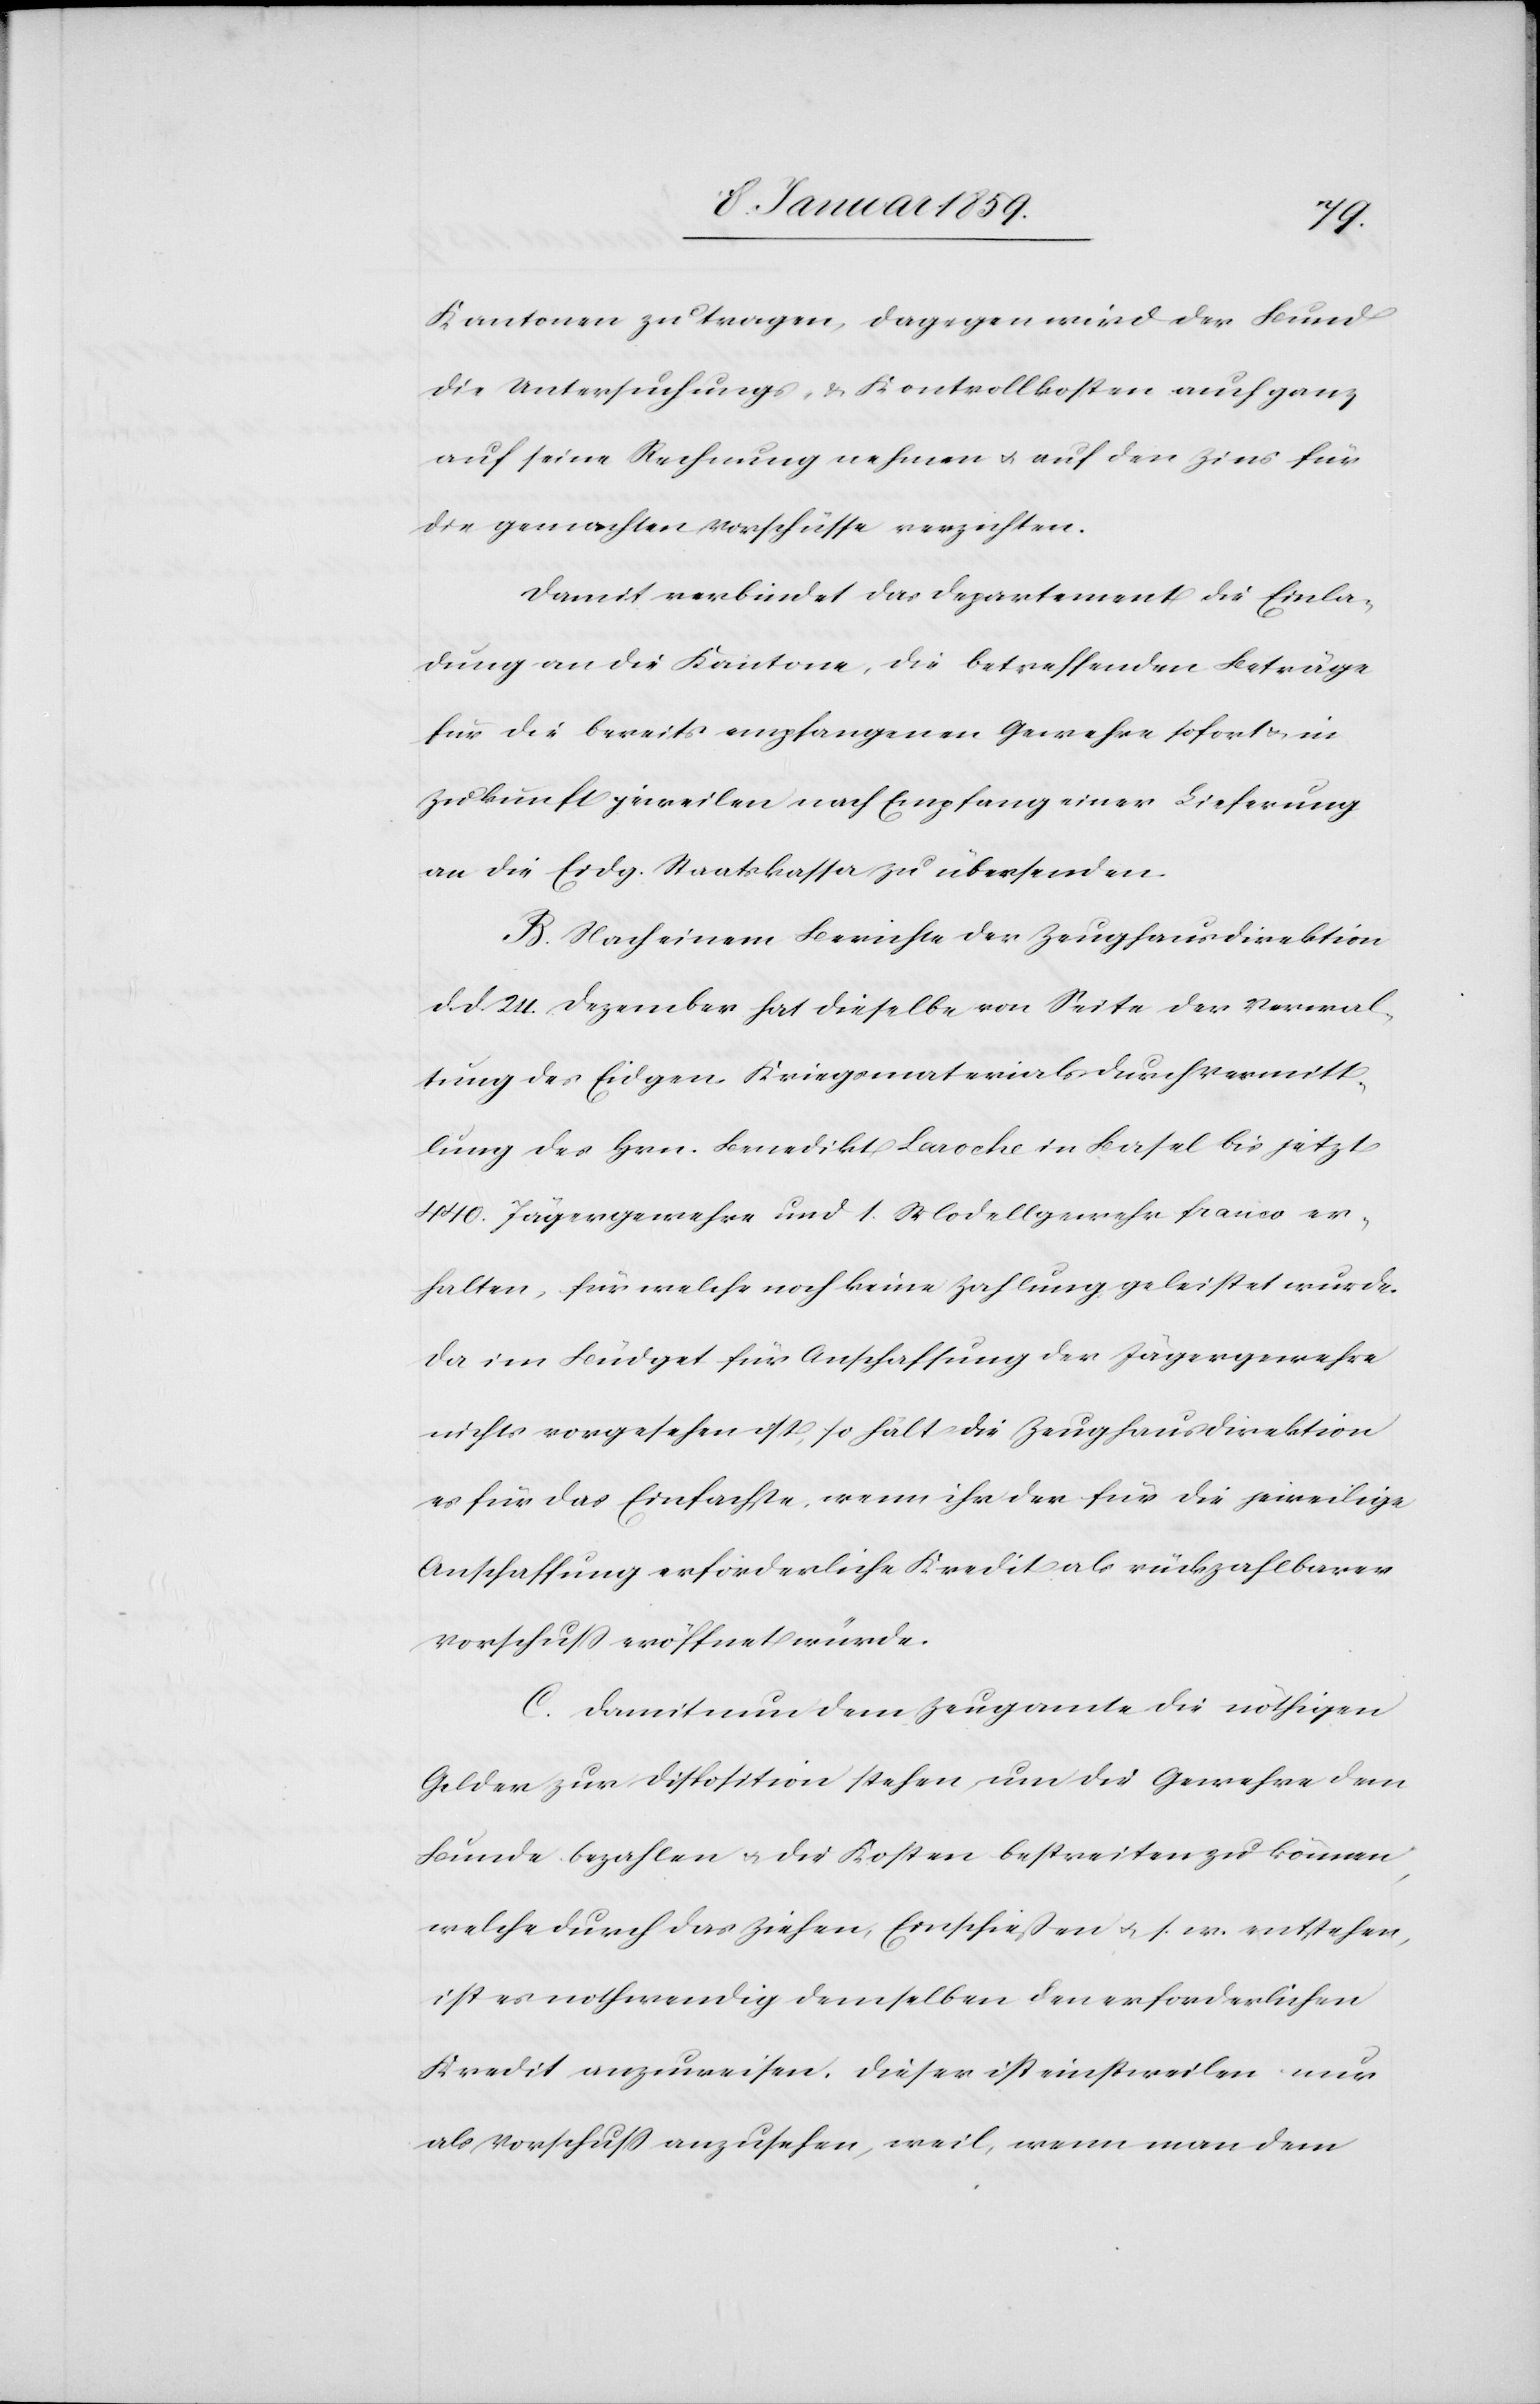
Kantonen zu tragen, dagegen wird der Bund
die Untersuchungs- u. Kontrollkosten auch ganz
auf seine Rechnung nehmen u. auf den Zins für
die gemachten Vorschüsse verzichten.
Damit verbindet das Departement die Einla¬
dung an die Kantone, die betreffenden Beträge
für die bereits empfangenen Gewehre sofort u. in
Zukunft jeweilen nach Empfang einer Lieferung
an die Eidg. Staatskassa zu übersenden.
B. Nach einem Berichte der Zeughausdirektion
d. d. 24. Dezember hat dieselbe von Seite der Verwal¬
tung des Eigen. Kriegsmaterials durch Vermitt¬
lung des Hrn. Benedikt Laroche in Basel bis jetzt
440. Jägergewehre und 1. Modellgewehr franco er¬
halten, für welche noch keine Zahlung geleistet wurde.
Da im Budget für Anschaffung der Jägergewehre
nichts vorgesehen ist, so hält die Zeughausdirektion
es für das Einfachste, wenn ihr der für die jeweilige
Anschaffung erforderliche Kredit als rückzahlbarer
Vorschuß eröffnet würde.
C. Damit nun dem Zeugamte die nöthigen
Gelder zur Disposition stehen, um die Gewehre dem
Bunde bezahlen u. die Kosten bestreiten zu können,
welche durch das Ziehen, Einschießen u. s. w. entstehen,
ist es nothwendig demselben den erforderlichen
Kredit anzuweisen. Dieser ist einstweilen nur
als Vorschuß anzusehen, weil, wenn man dem